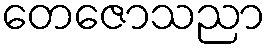
တေဇောသညာ